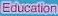
Education